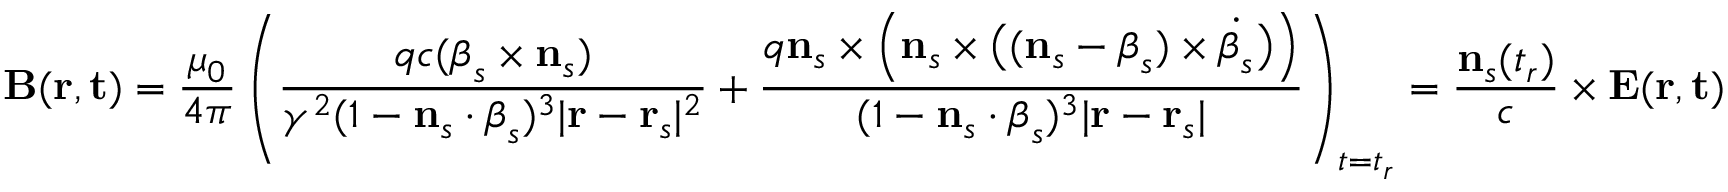
\mathbf { B } ( \mathbf { r } , \mathbf { t } ) = { \frac { \mu _ { 0 } } { 4 \pi } } \left( { \frac { q c ( { \boldsymbol { \beta } } _ { s } \times \mathbf { n } _ { s } ) } { \gamma ^ { 2 } ( 1 - \mathbf { n } _ { s } \cdot { \boldsymbol { \beta } } _ { s } ) ^ { 3 } | \mathbf { r } - \mathbf { r } _ { s } | ^ { 2 } } } + { \frac { q \mathbf { n } _ { s } \times { \Big ( } \mathbf { n } _ { s } \times { \big ( } ( \mathbf { n } _ { s } - { \boldsymbol { \beta } } _ { s } ) \times { \dot { { \boldsymbol { \beta } } _ { s } } } { \big ) } { \Big ) } } { ( 1 - \mathbf { n } _ { s } \cdot { \boldsymbol { \beta } } _ { s } ) ^ { 3 } | \mathbf { r } - \mathbf { r } _ { s } | } } \right) _ { t = t _ { r } } = { \frac { \mathbf { n } _ { s } ( t _ { r } ) } { c } } \times \mathbf { E } ( \mathbf { r } , \mathbf { t } )